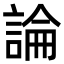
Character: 論